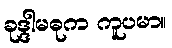
ခုဒ္ဒါမဓုက ကူပမာ။